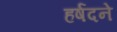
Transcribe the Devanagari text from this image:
हर्षदने